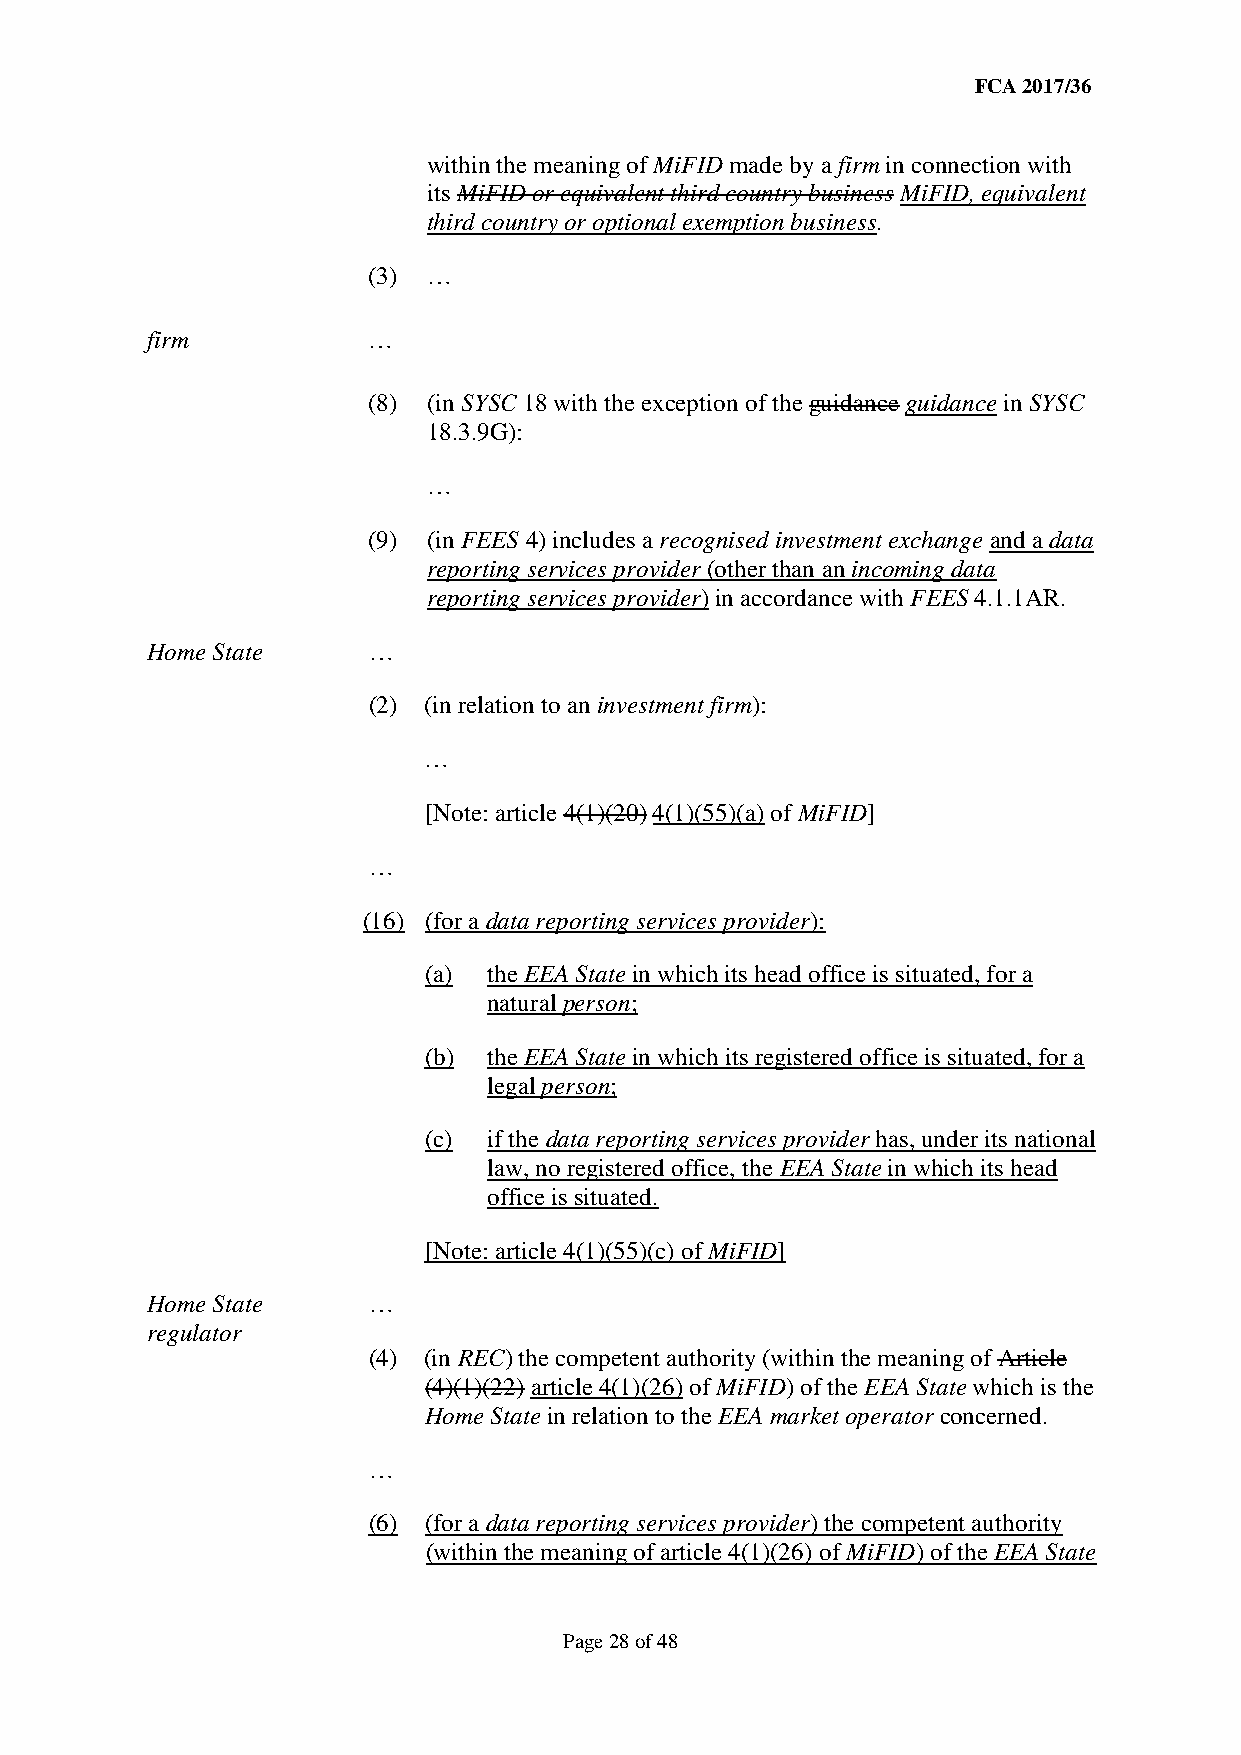
FCA 2017/36
 within the meaning of MiFID made by a firm in connection with
 its MiFID or equivalent third country business MiFID, equivalent
 third country or optional exemption business.
 (3) …
 firm          …
 (8) (in SYSC 18 with the exception of the guidance guidance in SYSC
 18.3.9G):
 …
 (9) (in FEES 4) includes a recognised investment exchange and a data
 reporting services provider (other than an incoming data
 reporting services provider) in accordance with FEES 4.1.1AR.
 Home State    …
 (2) (in relation to an investment firm):
 …
 [Note: article 4(1)(20) 4(1)(55)(a) of MiFID]
 …
 (16) (for a data reporting services provider):
 (a) the EEA State in which its head office is situated, for a
 natural person;
 (b) the EEA State in which its registered office is situated, for a
 legal person;
 (c) if the data reporting services provider has, under its national
 law, no registered office, the EEA State in which its head
 office is situated.
 [Note: article 4(1)(55)(c) of MiFID]
 Home State    …
 regulator
 (4) (in REC) the competent authority (within the meaning of Article
 (4)(1)(22) article 4(1)(26) of MiFID) of the EEA State which is the
 Home State in relation to the EEA market operator concerned.
 …
 (6) (for a data reporting services provider) the competent authority
 (within the meaning of article 4(1)(26) of MiFID) of the EEA State
 Page 28 of 48